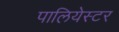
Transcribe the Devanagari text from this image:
पालियेस्टर